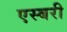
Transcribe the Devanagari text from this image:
एस्बरी